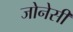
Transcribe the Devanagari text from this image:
जोनेसी